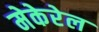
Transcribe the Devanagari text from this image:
मेकेरेल